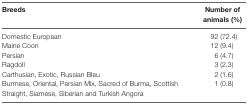
| Breeds | Number of animals (%) |
 | --- | --- |
 | Domestic European | 92 (72.4) |
 | Maine Coon | 12 (9.4) |
 | Persian | 6 (4.7) |
 | Ragdoll | 3 (2.3) |
 | Carthusian, Exotic, Russian Bleu | 2 (1.6) |
 | Burmese, Oriental, Persian Mix, Sacred of Burma, Scottish Straight, Siamese, Siberian and Turkish Angora | 1 (0.8) |